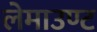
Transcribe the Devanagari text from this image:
लेमाउण्ट